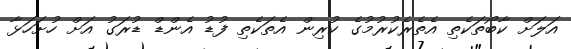
އަލަށް ކާބޯތަކެތި އެތެރެކުރުމުގެ ކުރިން އެތަކެތި ފުޑު އެންޑް ޑުރަގު އަށް ހުށަހަޅާ